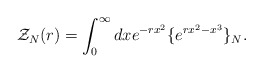
\begin{align*}{\cal Z}_N(r)=\int_0^{\infty} dx e^{-rx^2}\{e^{rx^2-x^3}\}_N.\end{align*}